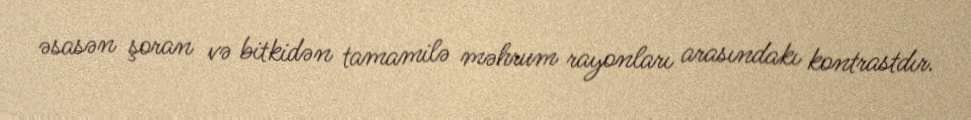
əsasən şoran və bitkidən tamamilə məhrum rayonları arasındakı kontrastdır.